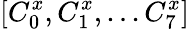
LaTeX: [C_{0}^{x},C_{1}^{x},...C_{7}^{x}]